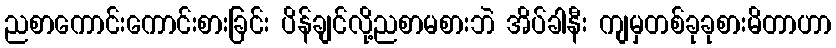
ညစာကောင်းကောင်းစားခြင်း ပိန်ချင်လို့ညစာမစားဘဲ အိပ်ခါနီး ကျမှတစ်ခုခုစားမိတာဟာ